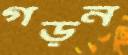
গড়ন